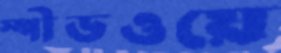
স্পীডওয়ে